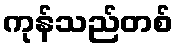
ကုန်သည်တစ်